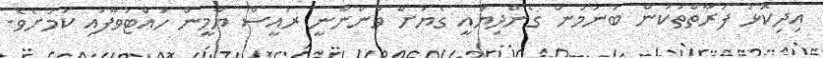
އިދިކޮޅު ފަރާތްތަކުން ބުނަމުން ގެންދިޔައީ ގެޔަށް ވަންނާނީ ރައީސް ޔާމީން ހުއްޓުވާފައި ކަމަށެވެ.